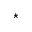
^ { \star }